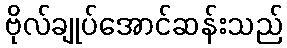
ဗိုလ်ချုပ်အောင်ဆန်းသည်